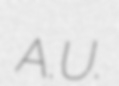
A.U.